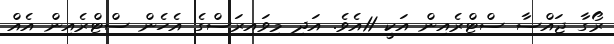
ރޯގާ ޖައްސާ ސްޓްރެއިން އަކީ 11އެވެ. އަދި މިވައިރަސްގެ އެހެން ސްޓްރެއިން އެއް